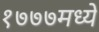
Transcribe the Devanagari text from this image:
१७७७मध्ये